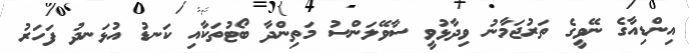
އިންޑިއާގެ ނޭވީގެ ތަރުޖަމާނު ވިދާޅުވީ ސާވޭލަންސު މަތިންދާ ބޯޓުތަކާއި ކަނޑު އުޅަނދު ފަހަރު